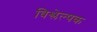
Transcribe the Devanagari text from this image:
विश्लेल्षक